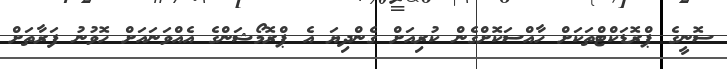
ސޮނީގެ ޕްރޮޑަކްޓްތަކަށް ހާއްސަކޮށްގެން ކުރިއަށް ގެންދިޔަ އެ ޕްރޮމޯޝަންގެ އެއްވަނައަށް ހޮވުނު ފަރާތަށް